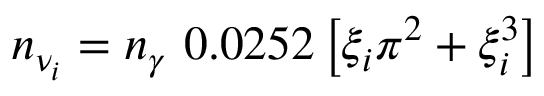
n _ { \nu _ { i } } = n _ { \gamma } ~ 0 . 0 2 5 2 \left[ \xi _ { i } \pi ^ { 2 } + \xi _ { i } ^ { 3 } \right]